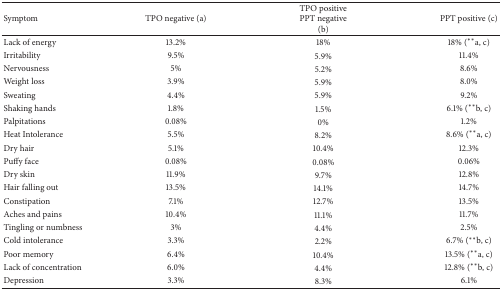
<table><thead><tr><td><b>Symptom</b></td><td><b>TPO negative (a)</b></td><td><b>TPO positive PPT negative(b)</b></td><td><b>PPT positive (c)</b></td></tr></thead><tbody><tr><td>Lack of energy</td><td>13.2%</td><td>18%</td><td>18% (∗∗a, c)</td></tr><tr><td>Irritability </td><td>9.5%</td><td> 5.9% </td><td> 11.4%</td></tr><tr><td>Nervousness </td><td>5%</td><td> 5.2% </td><td>8.6% </td></tr><tr><td>Weight loss</td><td>3.9%</td><td>5.9%</td><td>8.0%</td></tr><tr><td>Sweating</td><td>4.4%</td><td>5.9%</td><td>9.2%</td></tr><tr><td>Shaking hands</td><td>1.8%</td><td>1.5%</td><td>6.1% (∗∗b, c)</td></tr><tr><td>Palpitations</td><td>0.08%</td><td>0%</td><td>1.2%</td></tr><tr><td>Heat Intolerance</td><td>5.5%</td><td>8.2%</td><td>8.6% (∗∗a, c) </td></tr><tr><td>Dry hair</td><td>5.1%</td><td>10.4%</td><td>12.3%</td></tr><tr><td>Puffy face</td><td>0.08%</td><td>0.08%</td><td>0.06%</td></tr><tr><td>Dry skin</td><td>11.9%</td><td>9.7%</td><td>12.8%</td></tr><tr><td>Hair falling out</td><td>13.5%</td><td> 14.1%</td><td>14.7%</td></tr><tr><td>Constipation</td><td>7.1%</td><td>12.7%</td><td>13.5%</td></tr><tr><td>Aches and pains</td><td>10.4%</td><td>11.1%</td><td>11.7%</td></tr><tr><td>Tingling or numbness</td><td>3%</td><td>4.4%</td><td>2.5%</td></tr><tr><td>Cold intolerance</td><td>3.3%</td><td>2.2%</td><td>6.7% (∗∗b, c)</td></tr><tr><td>Poor memory</td><td>6.4%</td><td> 10.4% </td><td>13.5% (∗∗a, c)</td></tr><tr><td>Lack of concentration</td><td>6.0%</td><td>4.4%</td><td>12.8% (∗∗b, c)</td></tr><tr><td>Depression</td><td>3.3%</td><td>8.3% </td><td>6.1%</td></tr></tbody></table>